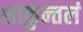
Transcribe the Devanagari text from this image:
शाकुन्तलं